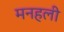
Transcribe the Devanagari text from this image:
मनहली